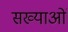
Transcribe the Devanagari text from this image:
सख्याओं